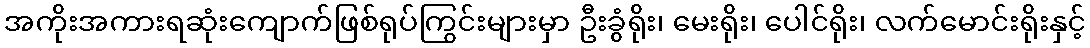
အကိုးအကားရဆုံးကျောက်ဖြစ်ရုပ်ကြွင်းများမှာ ဦးခွံရိုး၊ မေးရိုး၊ ပေါင်ရိုး၊ လက်မောင်းရိုးနှင့်